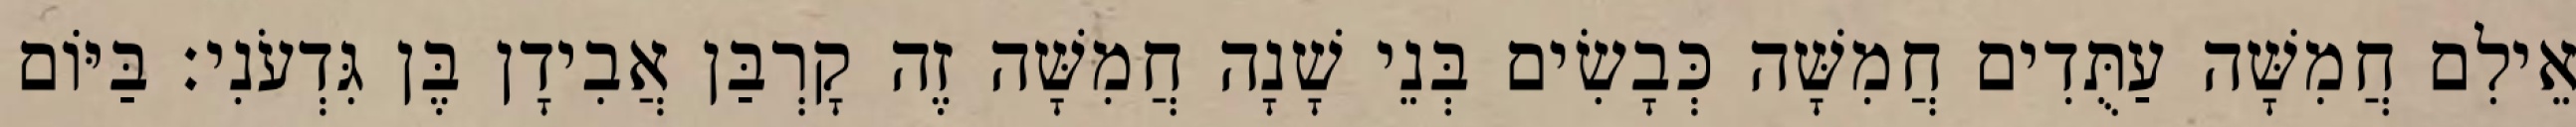
אֵילִם חֲמִשָּׁה עַתֻּדִים חֲמִשָּׁה כְּבָשִׂים בְּנֵי שָׁנָה חֲמִשָּׁה זֶה קָרְבַּן אֲבִידָן בֶּן גִּדְעֹנִי׃ בַּיּוֹם